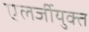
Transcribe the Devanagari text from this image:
एलर्जीयुक्त